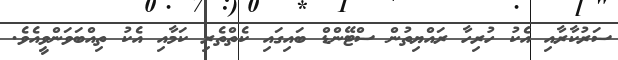
ސަރުކާރާއި އެކު ހުރިހާ ރައްޔިތުން ސްޓޭންޑް ބައިގައި ކެތްތެރި ކަމާއި އެކު ތިއްބަވަންވީއެވެ.